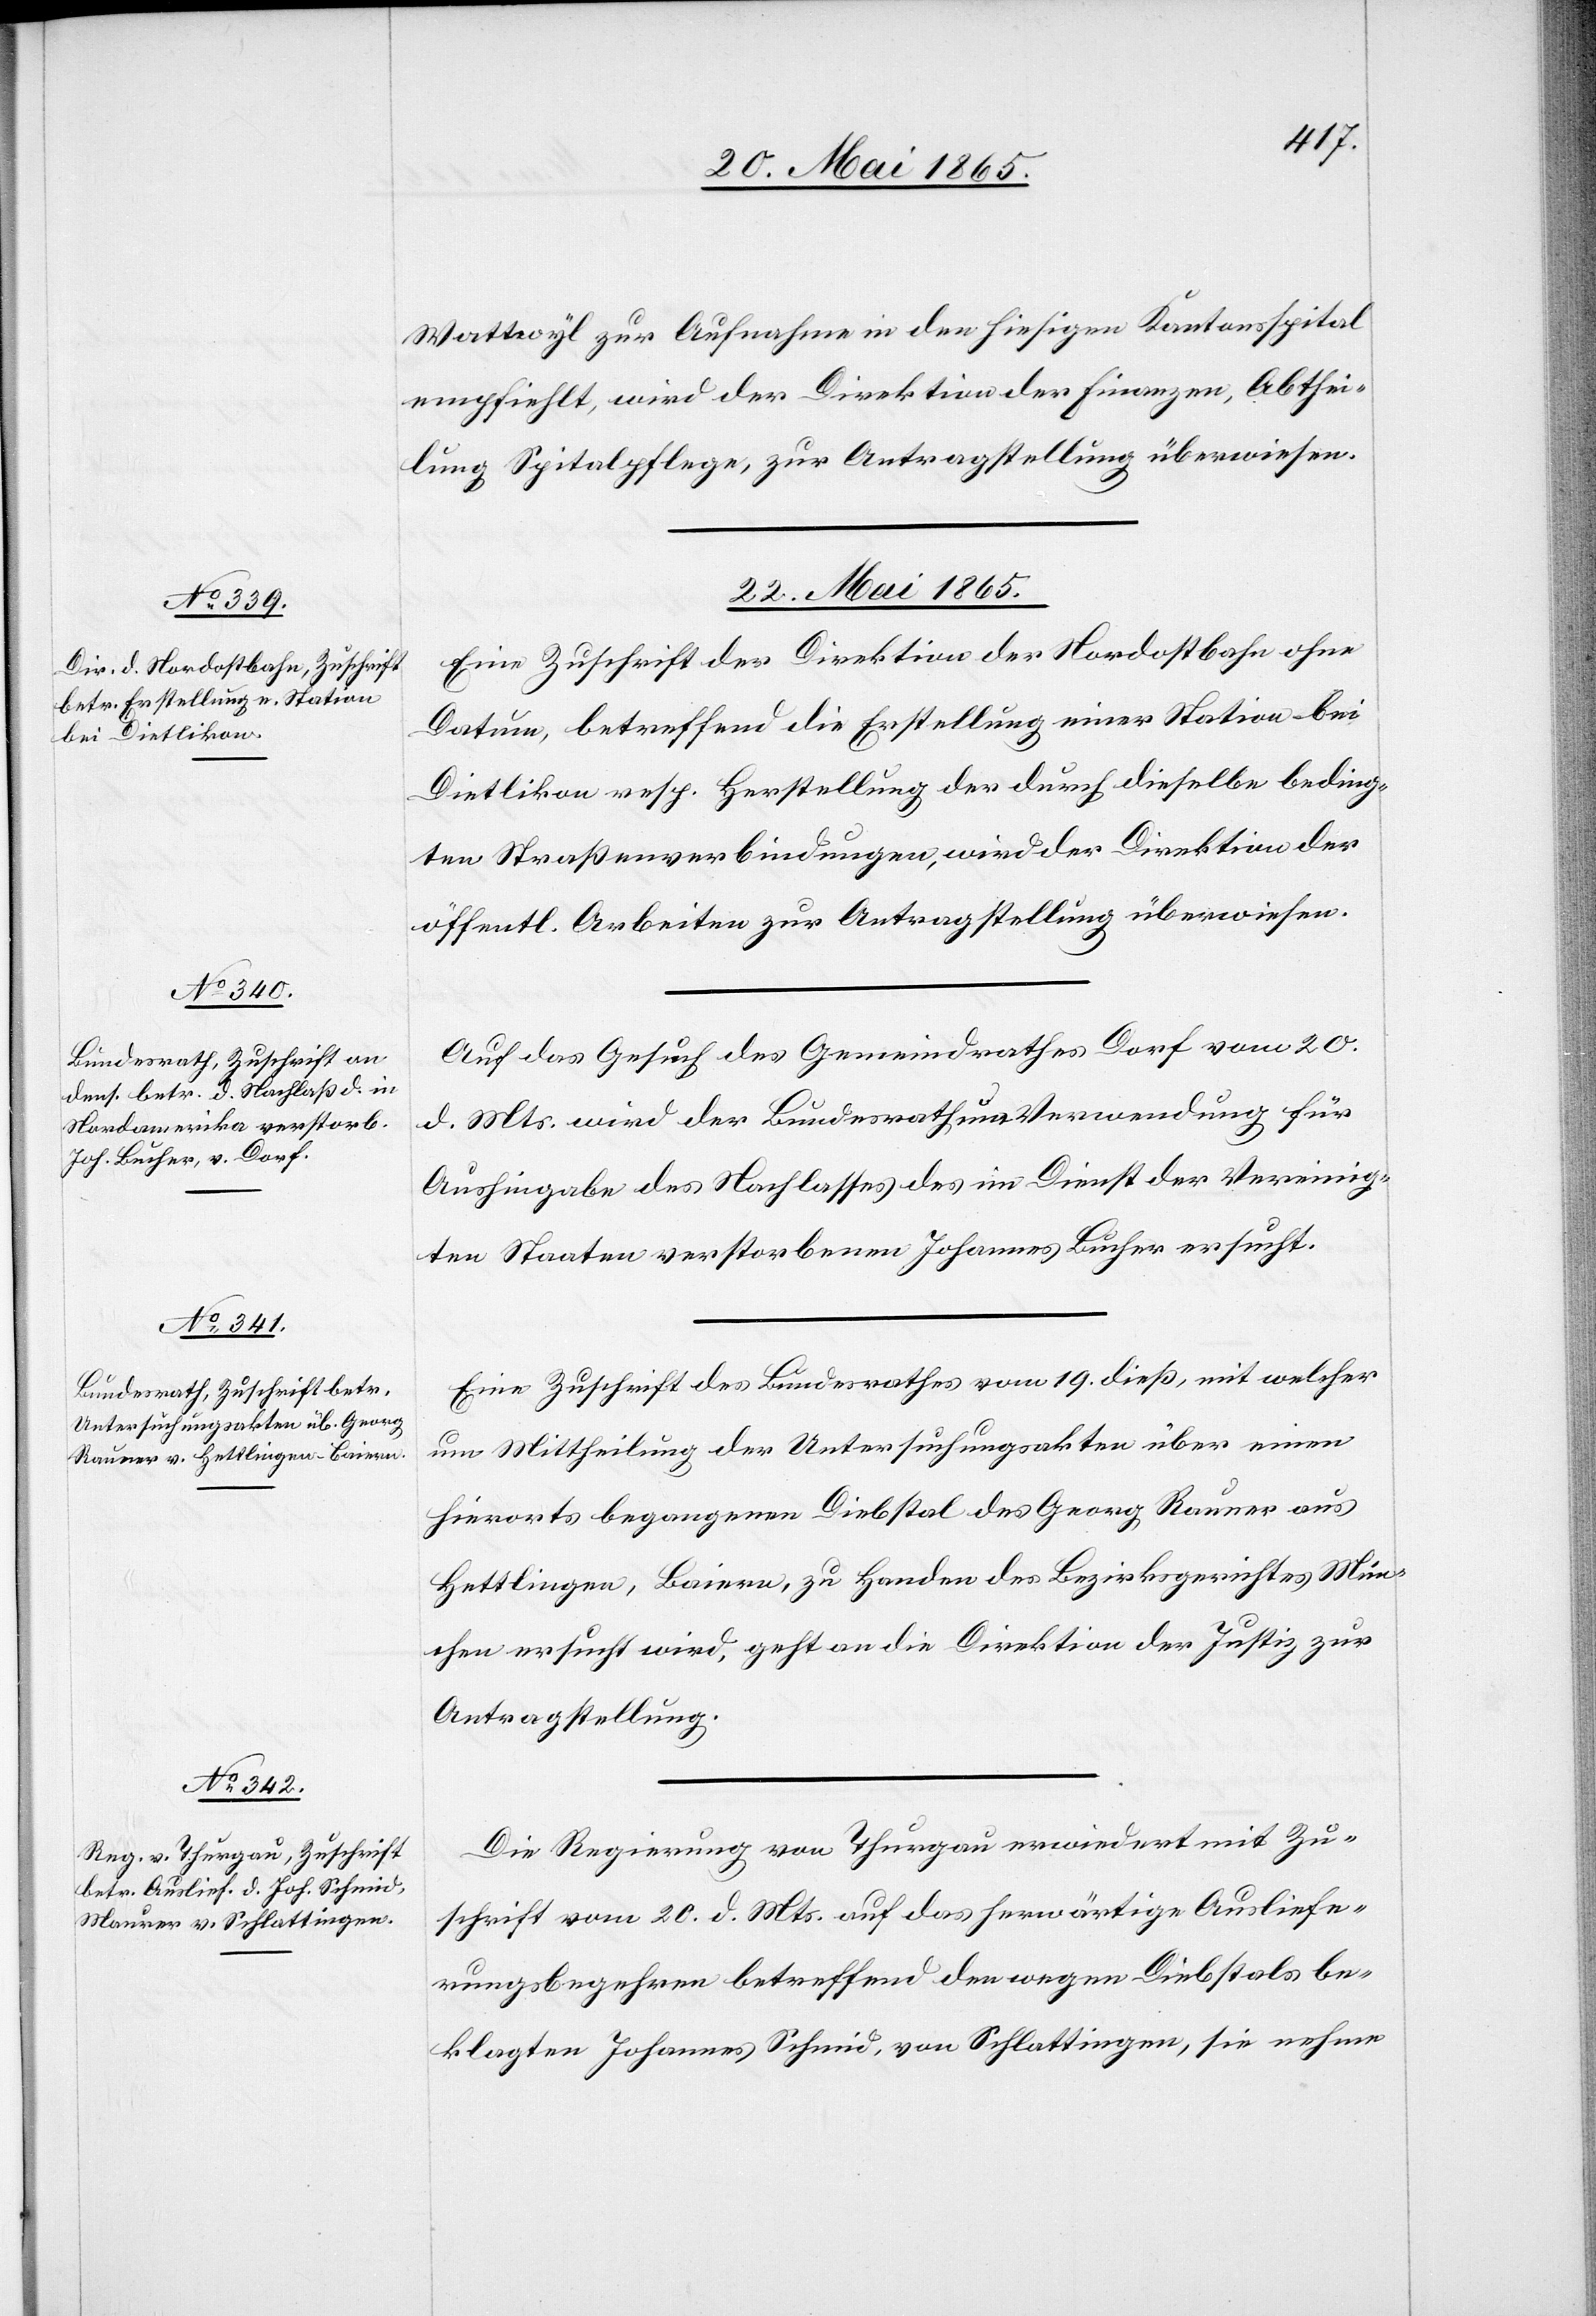
Wattwyl zur Aufnahme in den hiesigen Kantonsspital
empfiehlt, wird der Direktion der Finanzen, Abthei¬
lung Spitalpflege, zur Antragstellung überwiesen.
22. Mai 1865.]
Eine Zuschrift der Direktion der Nordostbahn ohne
Datum, betreffend die Erstellung einer Station bei
Dietlikon resp. Herstellung der durch dieselbe beding¬
ten Straßenverbindungen, wird der Direktion der
öffentl. Arbeiten zur Antragstellung überwiesen.
Auf das Gesuch des Gemeindrathes Dorf vom 20.
d. Mts. wird der Bundesrath um Verwendung für
Aushingabe des Nachlasses des im Dienst der Vereinig¬
ten Staaten verstorbenen Johannes Bucher ersucht.
Eine Zuschrift des Bundesrathes vom 19. dieß, mit welcher
um Mittheilung der Untersuchungsakten über einen
hierorts begangenen Diebstal des Georg Rauner aus
Hettlingen, Baiern, zu Handen des Bezirksgerichtes Mün¬
chen ersucht wird, geht an die Direktion der Justiz zur
Antragstellung.
Die Regierung von Thurgau erwiedert mit Zu¬
schrift vom 20. d. Mts. auf das herwärtige Ausliefe¬
rungsbegehren betreffend den wegen Diebstals be¬
klagten Johannes Schmid, von Schlattingen, sie nehme